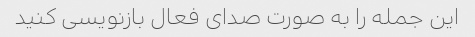
این جمله را به صورت صدای فعال بازنویسی کنید